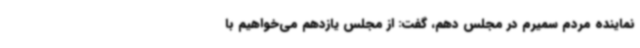
نماینده مردم سمیرم در مجلس دهم، گفت: از مجلس یازدهم می‌خواهیم با